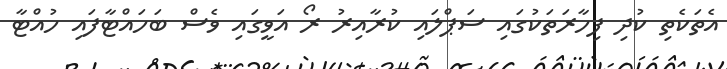
އެތަކެތި ކުދި ފިހާރަތަކުގައި ސަޕްލައި ކުރާއިރު ރޯ އަވީގައި ވެސް ބަހައްޓާފައި ހުއްޓާ